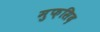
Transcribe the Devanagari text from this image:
मुफ़सिद